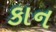
કાન